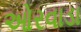
ઓરવાડા